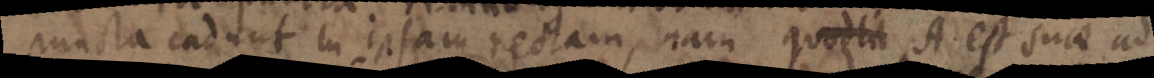
puncta cadunt in ipsam rectam, nam quodlit A. est suae ad